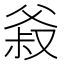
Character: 𰠍